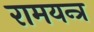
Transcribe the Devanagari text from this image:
रामयन्त्र